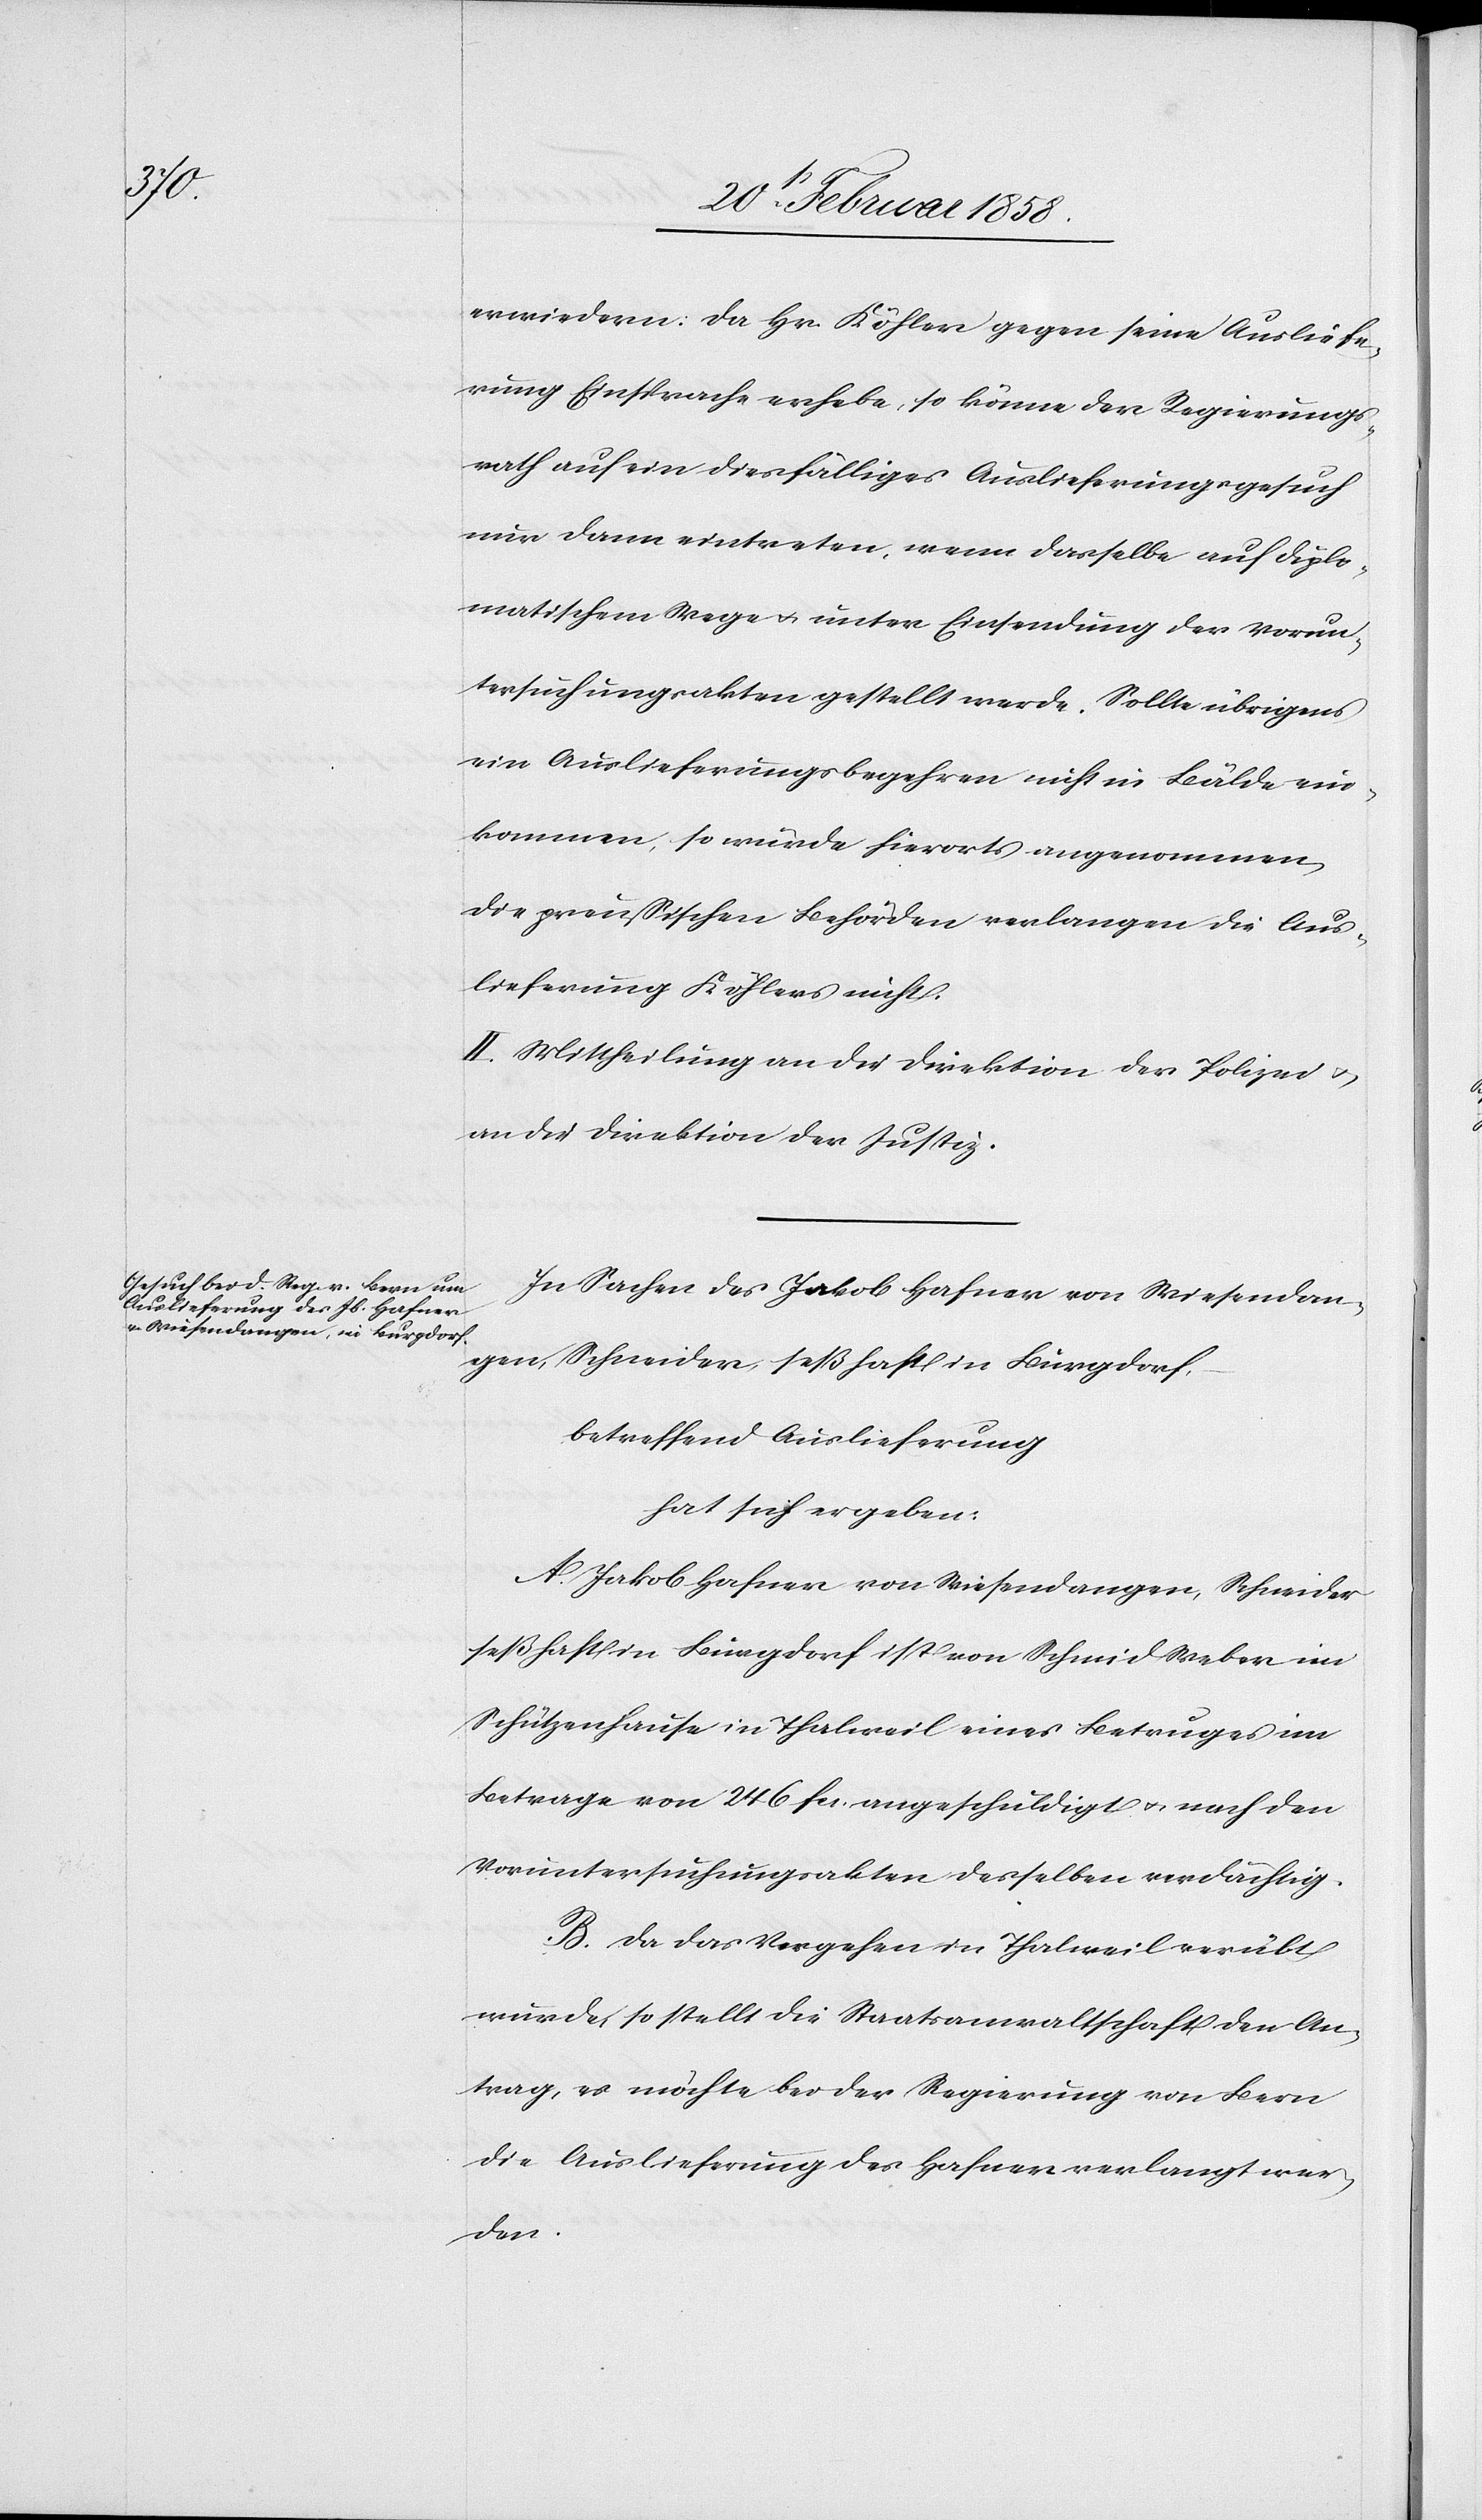
erwiedern: Da Hr. Köhler gegen seine Ausliefe¬
rung Einsprache erhebe, so könne der Regierungs¬
rath auf ein diesfälliges Auslieferungsgesuch
nur dann eintreten, wenn dasselbe auf diplo¬
matischem Wege u. unter Einsendung der Vorun¬
tersuchungsakten gestellt werde. Sollte übrigens
ein Auslieferungsbegehren nicht in Bälde ein¬
kommen, so würde hierorts angenommen,
die preußischen Behörden verlangen die Aus¬
lieferung Köhlers nicht.
II. Mittheilung an die Direktion der Polizei u.
an die Direktion der Justiz.
In Sachen des Jakob Hafner von Wiesendan¬
gen, Schneider, seßhaft in Burgdorf,
betreffend Auslieferung
hat sich ergeben:
A. Jakob Hafner von Wiesendangen, Schneider
seßhaft in Burgdorf ist von Schmid Weber im
Schützenhause in Thalweil eines Betruges im
Betrage von 246 fcs. angeschuldigt u. nach den
Voruntersuchungsakten desselben verdächtig.
B. Da das Vergehen in Thalweil verübt
wurde, so stellt die Staatsanwaltschaft den An¬
trag, es möchte bei der Regierung von Bern
die Auslieferung des Hafner verlangt wer¬
den.